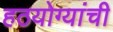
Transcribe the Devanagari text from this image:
हठयोग्यांची